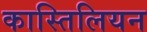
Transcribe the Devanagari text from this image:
कास्तिलियन